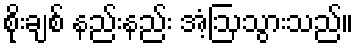
စိုးချစ် နည်းနည်း အံ့ဩသွားသည်။